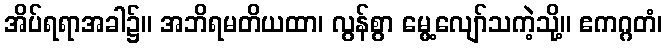
အိပ်ရရာအခါ၌။ အဘိရမတိယထာ၊ လွန်စွာ မွေ့လျော်သကဲ့သို့။ ဧကဂ္ဂတံ၊